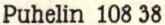
Puhelin 10 838